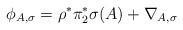
LaTeX: \begin{align*} \phi_{A,\sigma} = \rho^* \pi_2^* \sigma( A)+ \nabla_{A,\sigma}\end{align*}